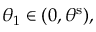
\theta _ { 1 } \in ( 0 , \theta ^ { \mathrm { s } } ) ,